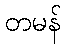
တမန်